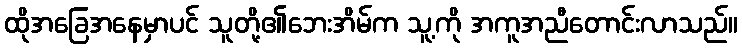
ထိုအခြေအနေမှာပင် သူတို့၏ဘေးအိမ်က သူ့ကို အကူအညီတောင်းလာသည်။